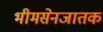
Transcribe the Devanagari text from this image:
भीमसेनजातक